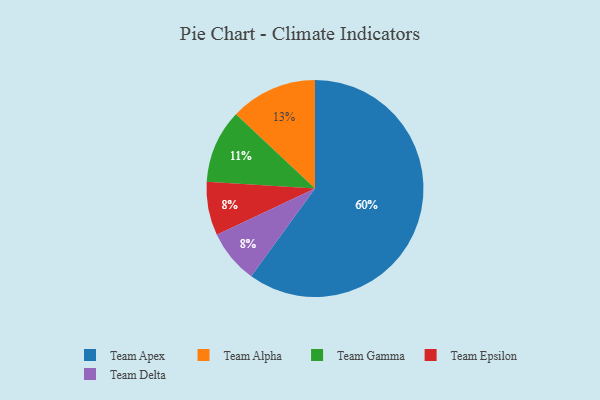
{"axis": {"x": "Category", "y": "Percentage"}, "legend": ["Team Alpha", "Team Apex", "Team Delta", "Team Epsilon", "Team Gamma"], "data": [{"x": "Team Alpha", "y": 13, "type": "Team Alpha"}, {"x": "Team Apex", "y": 60, "type": "Team Apex"}, {"x": "Team Epsilon", "y": 8, "type": "Team Epsilon"}, {"x": "Team Delta", "y": 8, "type": "Team Delta"}, {"x": "Team Gamma", "y": 11, "type": "Team Gamma"}]}